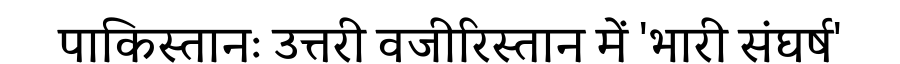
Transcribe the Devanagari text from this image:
पाकिस्तानः उत्तरी वजीरिस्तान में 'भारी संघर्ष'